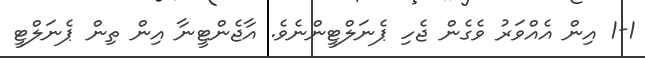
1-1 އިން އެއްވަރު ވެގެން ޖެހި ޕެނަލްޓީންނެވެ. އާޖެންޓީނާ އިން ތިން ޕެނަލްޓީ